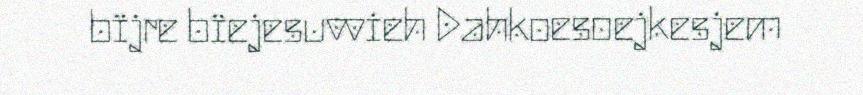
bïjre bïejesuvvieh Dahkoesoejkesjem